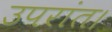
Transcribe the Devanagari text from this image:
उपरांत।